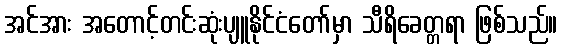
အင်အား အတောင့်တင်းဆုံးပျူနိုင်ငံတော်မှာ သီရိခေတ္တရာ ဖြစ်သည်။